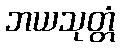
ဘယသုတ္တံ